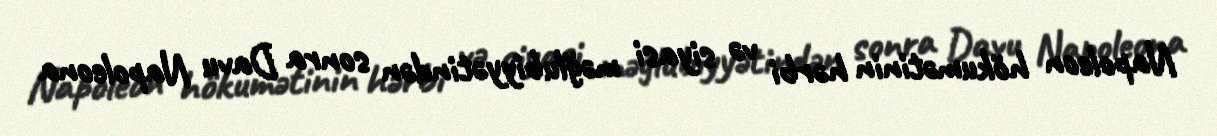
Napoleon hökumətinin hərbi və siyasi məğlubiyyətindən sonra Davu Napoleona